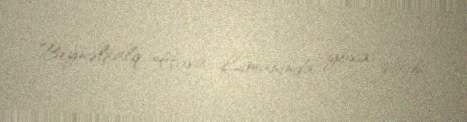
Beynəlxalq Hava Limanında yoxa çıxıb.